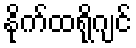
နိုက်ထရိုဂျင်